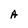
Character: A